Medical and sanitary report of the native army of Bengal for the year
Year: 1874
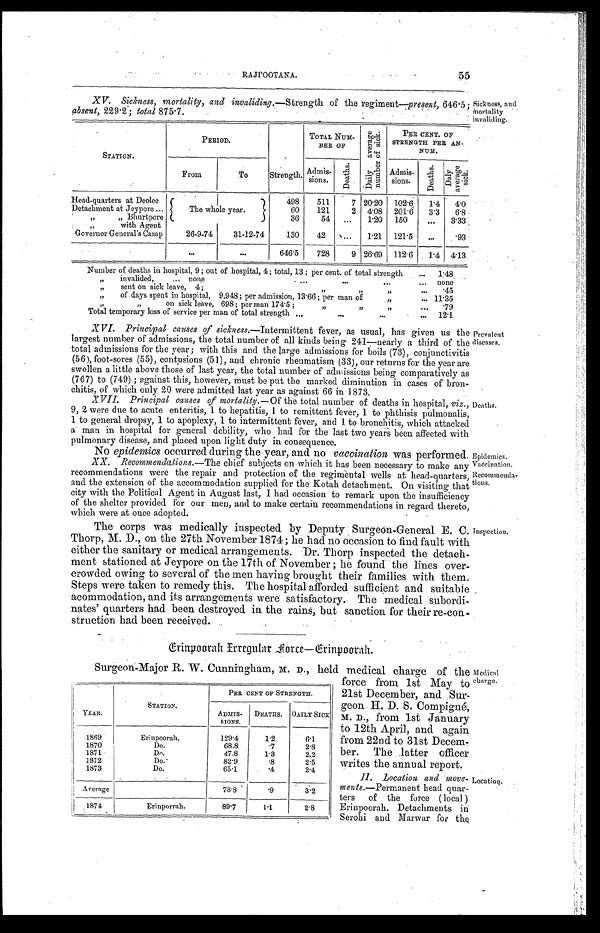
55
RAJPOOTANA.
Sickness, and
mortality
invaliding.
XV. Sickness, mortality, and invaliding.— Strength of the regiment— present, 646.5;
absent, 229..2; total 875.7.
STATION.
PERIOD.
Strength..
TOTAL NUM-
BER OF
D a i l y a v e r a g e n u m b e r o f s i c k .
PER CENT OF
STRENGTH PER AN-.
. NUM.
From
T o
Admis-sions. D e a t h s .
A d m i s -
sions.
D e a t h s .
D a i l y a v e r a g e s i c k .
Head-quarters at Deolee
The whole year.
498
511
7 20.20 102.6,
1.4
4.0
Detachment at Jeypore . . .
60
121
2 4.08 201.6
3.3
6.8
" B
hurtpore . . .
36
54
. . .
1.20 150
. . . 3.33
" w i t h A g e n t . . .
Governor General's Camp
26-9-74
31-12-74
130
42
. . .
1.21 121.5
. . . .93
. . .
. . .
646.5
728
9 26.69 112.6
1.4 4.13
Number of deaths in hospital, 9; out of hospital, 4; total, 13; per cent of total strength . . .
1.48
" invalided, . . .
none
.
.
. none
"
sent on sick leave 4; " . . .
.45
" of days spent in hospital, 9,948; per admission, 13.66; per man of " . . . 11.35
"
on sick leave, 698; per man 174.5; " . . . .79
Total temporary loss of service per man of total strength . . . 12.1
XVI. Principal causes of sickness.—Intermittent fever, as usual, has given us the
largest number of admissions, the total number of all kinds being 241—nearly a third of the
total admissions for the year; with this and the large admissions for boils (73), conjunctivitis
(56), foot-sores (55), contusions (51), and chronic rheumatism (33), our returns for the year are
swollen a little above those of last year, the total number of admissions being comparatively as
(767) to (749); against this, however, must be put the marked diminution in cases of bron
-chitis, of which only 20 were admitted last year as against 66 in 1873.
XVII. Principal causes of mortality.— Of the total number of deaths in hospital, viz.,
9, 2 were due to acute enteritis, 1 to hepatitis, 1 to remittent fever, 1 to phthisis pulmonalis,
1 to general dropsy, 1 to apoplexy, 1 to intermittent fever, and 1 to bronchitis, which attacked
a man in hospital for general debility, who had for the last two years been affected with
pulmonary disease, and placed upon light duty in consequence.
Prevalent
diseases.
Deaths.
No epidemics occurred during the year, and no vaccination was performed
X X . R
e c o m m e n d a t i o n s . —
T h e
d u e ts
u b
j e c t s o n w h i c h i t
h a s b e e n n e c e s s a r y t o m a l e a n y
recommendations were the repair and protection of the regimental wells at head-quarters,
and the extension of the accommodation supplied for the Kotah detachment. On visiting that
city with the Political Agent in August last, I had occasion to remark upon the insufficiency
of the shelter provided for our men, and to make certain recommendations in regard thereto,
which were at once adopted.
The corps was medically inspected by Deputy Surgeon-General E. C.
Thorp, M. D., on the 27th November 1874; he had no occasion to find fault with
either the sanitary or medical arrangements. Dr. Thorp inspected the detach
-ment stationed at Jeypore on the 17th of November; he found the lines over
-crowded owing to several of the men having brought their families with them.
Steps were taken to remedy this. The hospital afforded sufficient and suitable
acommodation, and its arrangements were satisfactory. The medical subordi-
nates' quarters had been destroyed in the rains, but sanction for their re-con-
-struction had been received.
Epidemics.
Vaccination.
Recommenda-
tions.
Inspection.
G r i n p o o r a h I r r e g u l a r F o r c e — G r i n p o o r a h .
Surgeon-Major R. W. Cunningham,M.D . ,
h e l d m e d i c a l c h a r g e o f t h e
force from 1st May to
21st December, and Sur
-geon H. D. S. Compigné,
M. D., from 1st January
to 12th April, and again
from 22nd to 31st Decem-
ber. The latter officer
writes the annual report.
11. Location and move
-
ments.—Permanent head quar
-ters of the force (local)
Erinpoorah. Detachments in
Serohi and . Marwar for the
YEAR.
STATION.
PER CENT OF STRENGTH.
ADMIS-
SIONS.
DEATHS.
DAILY SICK
1869
Erinpoorah.
129.4
1.2
6.1
1870
Do.
68.8
. . 7
2.8
1871
Dn.
47.8
1.3
2.2
1872
D o .
82.9
.8
2.5
1873
Do.
65.1
.4
2.4
Average
78.8
.9
3.2
1874
Erinporrah.
89.7
1.1
2.8
Medical
charge.
Location.